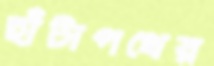
হাঁটাপথের